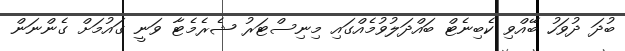
ބުދަ ދުވަހު ބޭއްވި ކެބިނެޓް ބައްދަލުވުމެއްގައި މިނިސްޓަރު ޝެރެމެޓާ ވަނީ ގައުމަށް ގެންނަން